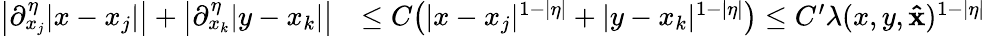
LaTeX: \begin{array}{rl}{\big|\partial_{x_{j}}^{\eta}|x-x_{j}|\big|+\big|\partial_{x_{k}}^{\eta}|y-x_{k}|\big|}&{\le C\big(|x-x_{j}|^{1-|\eta|}+|y-x_{k}|^{1-|\eta|}\big)\le C^{\prime}\lambda(x,y,\mathbf{\hat{x}})^{1-|\eta|}}\end{array}